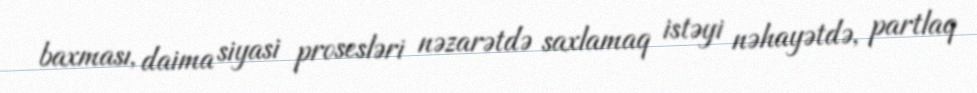
baxması, daima siyasi prosesləri nəzarətdə saxlamaq istəyi nəhayətdə, partlaq